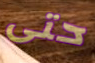
حتى